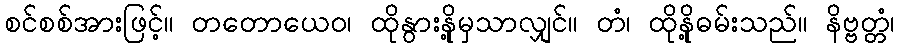
စင်စစ်အားဖြင့်။ တတောယေဝ၊ ထိုနွားနို့မှသာလျှင်။ တံ၊ ထိုနို့ဓမ်းသည်။ နိဗ္ဗတ္တံ၊